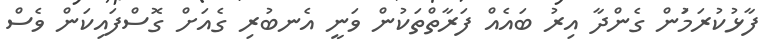
ފާޅުކުރަމަުން ގެންދާ އިރު ބައެއް ފަރާތްތަކުން ވަނީ އެނބުރި ގެއަށް ގޮސްފައިކަން ވެސް